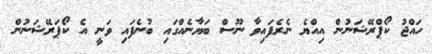
ހައްޖު ކޯޕްރޭޝަނުން އިއްޔެ ނެރެފައިވާ ނޫސް ބަޔާނެއްގައި ބުނެފައި ވަނީ އެ ކޯޕަރޭޝަނުން